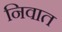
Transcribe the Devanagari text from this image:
निवात